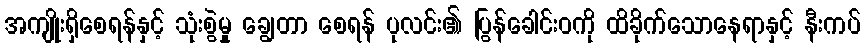
အကျိုးရှိစေရန်နှင့် သုံးစွဲမှု ချွေတာ စေရန် ပုလင်း၏ ပြွန်ခေါင်းဝကို ထိခိုက်သောနေရာနှင့် နီးကပ်